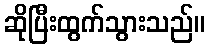
ဆိုပြီးထွက်သွားသည်။